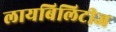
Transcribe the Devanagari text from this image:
लायबिलिटीज